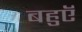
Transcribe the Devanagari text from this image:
बहुएॅ